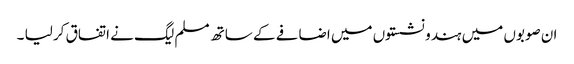
ان صوبوں میں ہندو نشستوں میں اضافے کے ساتھ مسلم لیگ نے اتفاق کر لیا ۔